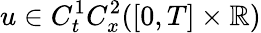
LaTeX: u\in C_{t}^{1}C_{x}^{2}([0,T]\times\mathbb{R})